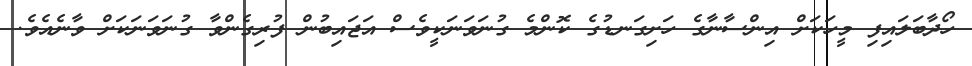
ހޯދާބަލައިފި މީހަކަށް އިންސާނާގެ ހަށިގަނޑުގެ ކޮންމެ ގުނަވަނަކީވެސް އަޖައިބުން ފުރިގެންވާ ގުނަވަނަކަށް ވާނެއެވެ.